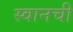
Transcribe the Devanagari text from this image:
स्वानची